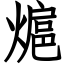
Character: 熩